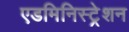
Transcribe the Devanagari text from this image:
एडमिनिस्ट्रेशन